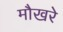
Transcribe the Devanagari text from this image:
मौखरे